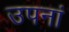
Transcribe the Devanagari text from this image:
उपनां